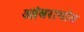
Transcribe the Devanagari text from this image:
आंबरायांत